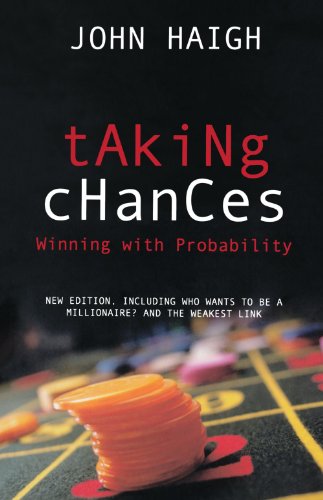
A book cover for Taking Chances: Winning with Probability; John Haigh; Humor & Entertainment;